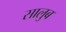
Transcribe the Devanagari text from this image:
सालुब